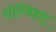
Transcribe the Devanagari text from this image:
शोध्विहार्